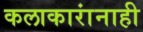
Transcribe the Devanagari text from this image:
कलाकारांनाही